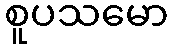
စူပသမော